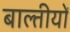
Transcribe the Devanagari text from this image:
बाल्तीयों